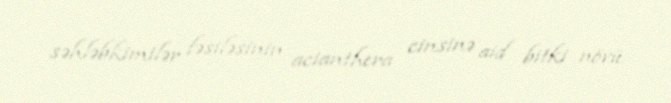
səhləbkimilər fəsiləsinin acianthera cinsinə aid bitki növü.